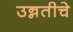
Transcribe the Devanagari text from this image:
उन्नतीचे